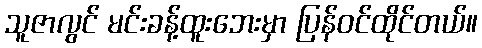
သူဇာလွင် မင်းခန့်ထူးဘေးမှာ ပြန်ဝင်ထိုင်တယ်။